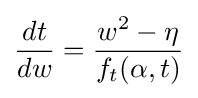
{\frac {dt}{dw}}={\frac {w^{2}-\eta }{f_{t}(\alpha ,t)}}